Annual report on the mental hospital in the Central Provinces and Berar (Nagpur) - 1927-1951
Year: 1927
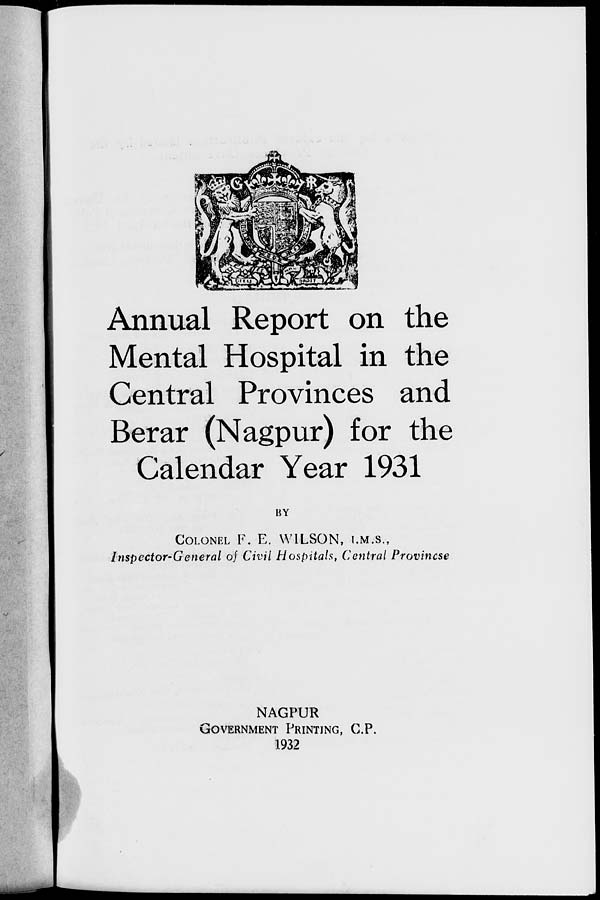
Annual Report on the
Mental Hospital in the
Central Provinces and
Berar (Nagpur) for the
Calendar Year 1931
BY
COLONEL F. E. WILSON, I.M.S.,
Inspector-General of Civil Hospitals, Central Provincse
NAGPUR
GOVERNMENT PRINTING, C.P.
1932